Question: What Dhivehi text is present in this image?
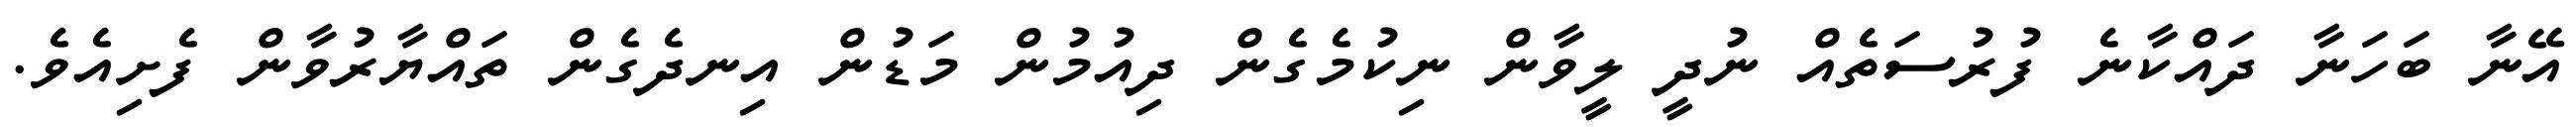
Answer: އޭނާ ބަހަނާ ދައްކާނެ ފުރުސަތެއް ނުދީ ލީވާން ނިކުމެގެން ދިއުމުން މަޑުން އިނދެގެން ތައްޔާރުވާން ފެށިއެވެ.